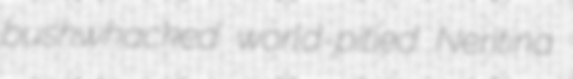
bushwhacked world-pitied Neritina